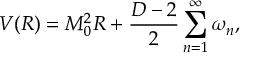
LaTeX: V ( R ) = M _ { 0 } ^ { 2 } R + \frac { D - 2 } { 2 } \sum _ { n = 1 } ^ { \infty } \omega _ { n } ,